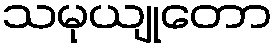
သမုယျုတော